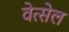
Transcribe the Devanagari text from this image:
वेत्सेल